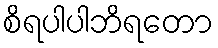
စိရပါပါဘိရတော